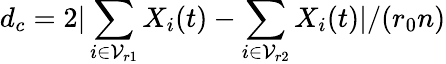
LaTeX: d_{c}=2|\sum_{i\in\mathcal{V}_{r1}}X_{i}(t)-\sum_{i\in\mathcal{V}_{r2}}X_{i}(t)|/(r_{0}n)